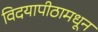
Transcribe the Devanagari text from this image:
विदयापीठामधून